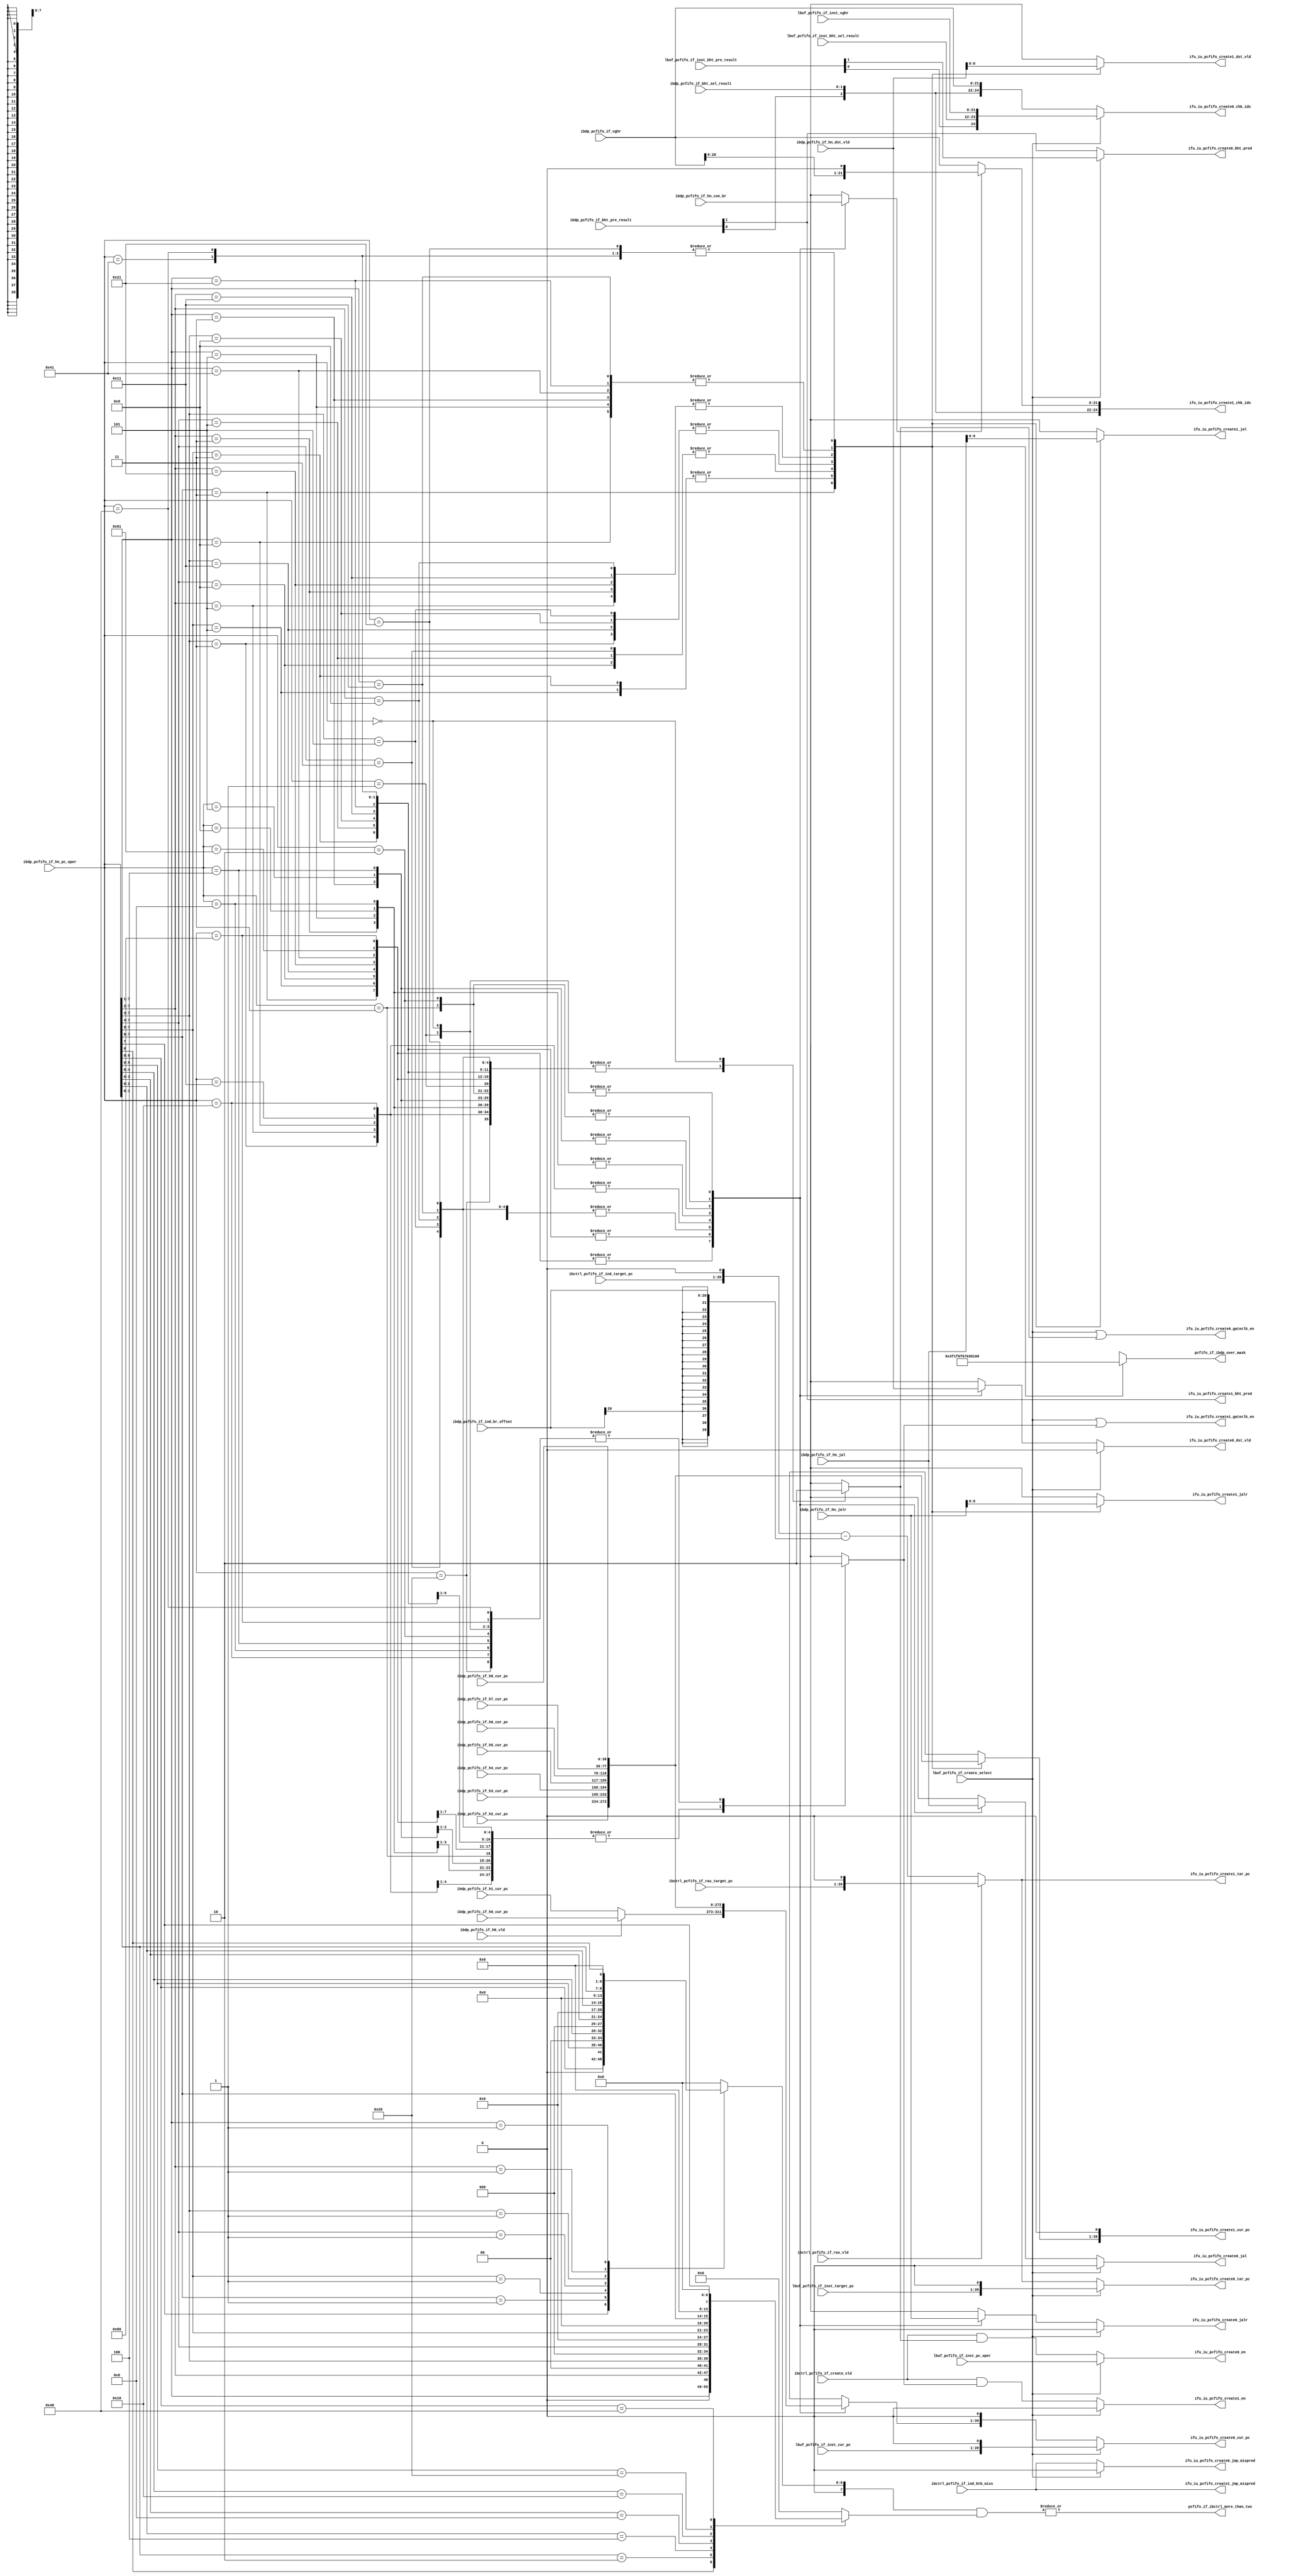
/*Copyright 2019-2021 T-Head Semiconductor Co., Ltd.

Licensed under the Apache License, Version 2.0 (the "License");
you may not use this file except in compliance with the License.
You may obtain a copy of the License at

    http://www.apache.org/licenses/LICENSE-2.0

Unless required by applicable law or agreed to in writing, software
distributed under the License is distributed on an "AS IS" BASIS,
WITHOUT WARRANTIES OR CONDITIONS OF ANY KIND, either express or implied.
See the License for the specific language governing permissions and
limitations under the License.
*/

// &ModuleBeg; @22
module ct_ifu_pcfifo_if(
  ibctrl_pcfifo_if_create_vld,
  ibctrl_pcfifo_if_ind_btb_miss,
  ibctrl_pcfifo_if_ind_target_pc,
  ibctrl_pcfifo_if_ras_target_pc,
  ibctrl_pcfifo_if_ras_vld,
  ibdp_pcfifo_if_bht_pre_result,
  ibdp_pcfifo_if_bht_sel_result,
  ibdp_pcfifo_if_h0_cur_pc,
  ibdp_pcfifo_if_h0_vld,
  ibdp_pcfifo_if_h1_cur_pc,
  ibdp_pcfifo_if_h2_cur_pc,
  ibdp_pcfifo_if_h3_cur_pc,
  ibdp_pcfifo_if_h4_cur_pc,
  ibdp_pcfifo_if_h5_cur_pc,
  ibdp_pcfifo_if_h6_cur_pc,
  ibdp_pcfifo_if_h7_cur_pc,
  ibdp_pcfifo_if_h8_cur_pc,
  ibdp_pcfifo_if_hn_con_br,
  ibdp_pcfifo_if_hn_dst_vld,
  ibdp_pcfifo_if_hn_jal,
  ibdp_pcfifo_if_hn_jalr,
  ibdp_pcfifo_if_hn_pc_oper,
  ibdp_pcfifo_if_ind_br_offset,
  ibdp_pcfifo_if_vghr,
  ifu_iu_pcfifo_create0_bht_pred,
  ifu_iu_pcfifo_create0_chk_idx,
  ifu_iu_pcfifo_create0_cur_pc,
  ifu_iu_pcfifo_create0_dst_vld,
  ifu_iu_pcfifo_create0_en,
  ifu_iu_pcfifo_create0_gateclk_en,
  ifu_iu_pcfifo_create0_jal,
  ifu_iu_pcfifo_create0_jalr,
  ifu_iu_pcfifo_create0_jmp_mispred,
  ifu_iu_pcfifo_create0_tar_pc,
  ifu_iu_pcfifo_create1_bht_pred,
  ifu_iu_pcfifo_create1_chk_idx,
  ifu_iu_pcfifo_create1_cur_pc,
  ifu_iu_pcfifo_create1_dst_vld,
  ifu_iu_pcfifo_create1_en,
  ifu_iu_pcfifo_create1_gateclk_en,
  ifu_iu_pcfifo_create1_jal,
  ifu_iu_pcfifo_create1_jalr,
  ifu_iu_pcfifo_create1_jmp_mispred,
  ifu_iu_pcfifo_create1_tar_pc,
  lbuf_pcfifo_if_create_select,
  lbuf_pcfifo_if_inst_bht_pre_result,
  lbuf_pcfifo_if_inst_bht_sel_result,
  lbuf_pcfifo_if_inst_cur_pc,
  lbuf_pcfifo_if_inst_pc_oper,
  lbuf_pcfifo_if_inst_target_pc,
  lbuf_pcfifo_if_inst_vghr,
  pcfifo_if_ibctrl_more_than_two,
  pcfifo_if_ibdp_over_mask
);

// &Ports; @23
input           ibctrl_pcfifo_if_create_vld;       
input           ibctrl_pcfifo_if_ind_btb_miss;     
input   [38:0]  ibctrl_pcfifo_if_ind_target_pc;    
input   [38:0]  ibctrl_pcfifo_if_ras_target_pc;    
input           ibctrl_pcfifo_if_ras_vld;          
input   [1 :0]  ibdp_pcfifo_if_bht_pre_result;     
input   [1 :0]  ibdp_pcfifo_if_bht_sel_result;     
input   [38:0]  ibdp_pcfifo_if_h0_cur_pc;          
input           ibdp_pcfifo_if_h0_vld;             
input   [38:0]  ibdp_pcfifo_if_h1_cur_pc;          
input   [38:0]  ibdp_pcfifo_if_h2_cur_pc;          
input   [38:0]  ibdp_pcfifo_if_h3_cur_pc;          
input   [38:0]  ibdp_pcfifo_if_h4_cur_pc;          
input   [38:0]  ibdp_pcfifo_if_h5_cur_pc;          
input   [38:0]  ibdp_pcfifo_if_h6_cur_pc;          
input   [38:0]  ibdp_pcfifo_if_h7_cur_pc;          
input   [38:0]  ibdp_pcfifo_if_h8_cur_pc;          
input   [7 :0]  ibdp_pcfifo_if_hn_con_br;          
input   [7 :0]  ibdp_pcfifo_if_hn_dst_vld;         
input   [7 :0]  ibdp_pcfifo_if_hn_jal;             
input   [7 :0]  ibdp_pcfifo_if_hn_jalr;            
input   [7 :0]  ibdp_pcfifo_if_hn_pc_oper;         
input   [20:0]  ibdp_pcfifo_if_ind_br_offset;      
input   [21:0]  ibdp_pcfifo_if_vghr;               
input           lbuf_pcfifo_if_create_select;      
input   [1 :0]  lbuf_pcfifo_if_inst_bht_pre_result; 
input   [1 :0]  lbuf_pcfifo_if_inst_bht_sel_result; 
input   [38:0]  lbuf_pcfifo_if_inst_cur_pc;        
input           lbuf_pcfifo_if_inst_pc_oper;       
input   [38:0]  lbuf_pcfifo_if_inst_target_pc;     
input   [21:0]  lbuf_pcfifo_if_inst_vghr;          
output          ifu_iu_pcfifo_create0_bht_pred;    
output  [24:0]  ifu_iu_pcfifo_create0_chk_idx;     
output  [39:0]  ifu_iu_pcfifo_create0_cur_pc;      
output          ifu_iu_pcfifo_create0_dst_vld;     
output          ifu_iu_pcfifo_create0_en;          
output          ifu_iu_pcfifo_create0_gateclk_en;  
output          ifu_iu_pcfifo_create0_jal;         
output          ifu_iu_pcfifo_create0_jalr;        
output          ifu_iu_pcfifo_create0_jmp_mispred; 
output  [39:0]  ifu_iu_pcfifo_create0_tar_pc;      
output          ifu_iu_pcfifo_create1_bht_pred;    
output  [24:0]  ifu_iu_pcfifo_create1_chk_idx;     
output  [39:0]  ifu_iu_pcfifo_create1_cur_pc;      
output          ifu_iu_pcfifo_create1_dst_vld;     
output          ifu_iu_pcfifo_create1_en;          
output          ifu_iu_pcfifo_create1_gateclk_en;  
output          ifu_iu_pcfifo_create1_jal;         
output          ifu_iu_pcfifo_create1_jalr;        
output          ifu_iu_pcfifo_create1_jmp_mispred; 
output  [39:0]  ifu_iu_pcfifo_create1_tar_pc;      
output          pcfifo_if_ibctrl_more_than_two;    
output  [7 :0]  pcfifo_if_ibdp_over_mask;          

// &Regs; @24
reg     [7 :0]  hn_pc_mask_head;                   
reg     [7 :0]  hn_pc_mask_tail;                   
reg             inst0_con_br;                      
reg     [38:0]  inst0_cur_pc;                      
reg             inst0_dst_vld;                     
reg             inst0_jal;                         
reg             inst0_jalr;                        
reg             inst0_vld;                         
reg     [38:0]  inst1_cur_pc;                      
reg             inst1_dst_vld;                     
reg             inst1_jal;                         
reg             inst1_jalr;                        
reg             inst1_vld;                         
reg     [7 :0]  over_mask;                         

// &Wires; @25
wire            h1_con_br;                         
wire    [38:0]  h1_cur_pc;                         
wire            h1_dst_vld;                        
wire            h1_jal;                            
wire            h1_jalr;                           
wire            h2_con_br;                         
wire    [38:0]  h2_cur_pc;                         
wire            h2_dst_vld;                        
wire            h2_jal;                            
wire            h2_jalr;                           
wire            h3_con_br;                         
wire    [38:0]  h3_cur_pc;                         
wire            h3_dst_vld;                        
wire            h3_jal;                            
wire            h3_jalr;                           
wire            h4_con_br;                         
wire    [38:0]  h4_cur_pc;                         
wire            h4_dst_vld;                        
wire            h4_jal;                            
wire            h4_jalr;                           
wire            h5_con_br;                         
wire    [38:0]  h5_cur_pc;                         
wire            h5_dst_vld;                        
wire            h5_jal;                            
wire            h5_jalr;                           
wire            h6_con_br;                         
wire    [38:0]  h6_cur_pc;                         
wire            h6_dst_vld;                        
wire            h6_jal;                            
wire            h6_jalr;                           
wire            h7_con_br;                         
wire    [38:0]  h7_cur_pc;                         
wire            h7_dst_vld;                        
wire            h7_jal;                            
wire            h7_jalr;                           
wire            h8_con_br;                         
wire    [38:0]  h8_cur_pc;                         
wire            h8_dst_vld;                        
wire            h8_jal;                            
wire            h8_jalr;                           
wire    [7 :0]  hn_pc_oper;                        
wire    [39:0]  hn_target_pc;                      
wire            ibctrl_pcfifo_if_create_vld;       
wire            ibctrl_pcfifo_if_ind_btb_miss;     
wire    [38:0]  ibctrl_pcfifo_if_ind_target_pc;    
wire    [38:0]  ibctrl_pcfifo_if_ras_target_pc;    
wire            ibctrl_pcfifo_if_ras_vld;          
wire    [1 :0]  ibdp_pcfifo_if_bht_pre_result;     
wire    [1 :0]  ibdp_pcfifo_if_bht_sel_result;     
wire    [38:0]  ibdp_pcfifo_if_h0_cur_pc;          
wire            ibdp_pcfifo_if_h0_vld;             
wire    [38:0]  ibdp_pcfifo_if_h1_cur_pc;          
wire    [38:0]  ibdp_pcfifo_if_h2_cur_pc;          
wire    [38:0]  ibdp_pcfifo_if_h3_cur_pc;          
wire    [38:0]  ibdp_pcfifo_if_h4_cur_pc;          
wire    [38:0]  ibdp_pcfifo_if_h5_cur_pc;          
wire    [38:0]  ibdp_pcfifo_if_h6_cur_pc;          
wire    [38:0]  ibdp_pcfifo_if_h7_cur_pc;          
wire    [38:0]  ibdp_pcfifo_if_h8_cur_pc;          
wire    [7 :0]  ibdp_pcfifo_if_hn_con_br;          
wire    [7 :0]  ibdp_pcfifo_if_hn_dst_vld;         
wire    [7 :0]  ibdp_pcfifo_if_hn_jal;             
wire    [7 :0]  ibdp_pcfifo_if_hn_jalr;            
wire    [7 :0]  ibdp_pcfifo_if_hn_pc_oper;         
wire    [20:0]  ibdp_pcfifo_if_ind_br_offset;      
wire    [21:0]  ibdp_pcfifo_if_vghr;               
wire            ibstage_create_vld;                
wire            ifu_iu_pcfifo_create0_bht_pred;    
wire    [24:0]  ifu_iu_pcfifo_create0_chk_idx;     
wire    [39:0]  ifu_iu_pcfifo_create0_cur_pc;      
wire            ifu_iu_pcfifo_create0_dst_vld;     
wire            ifu_iu_pcfifo_create0_en;          
wire            ifu_iu_pcfifo_create0_gateclk_en;  
wire            ifu_iu_pcfifo_create0_jal;         
wire            ifu_iu_pcfifo_create0_jalr;        
wire            ifu_iu_pcfifo_create0_jmp_mispred; 
wire    [39:0]  ifu_iu_pcfifo_create0_tar_pc;      
wire            ifu_iu_pcfifo_create1_bht_pred;    
wire    [24:0]  ifu_iu_pcfifo_create1_chk_idx;     
wire    [39:0]  ifu_iu_pcfifo_create1_cur_pc;      
wire            ifu_iu_pcfifo_create1_dst_vld;     
wire            ifu_iu_pcfifo_create1_en;          
wire            ifu_iu_pcfifo_create1_gateclk_en;  
wire            ifu_iu_pcfifo_create1_jal;         
wire            ifu_iu_pcfifo_create1_jalr;        
wire            ifu_iu_pcfifo_create1_jmp_mispred; 
wire    [39:0]  ifu_iu_pcfifo_create1_tar_pc;      
wire    [39:0]  inst0_target_pc;                   
wire    [21:0]  inst0_vghr;                        
wire    [39:0]  inst1_target_pc;                   
wire    [21:0]  inst1_vghr;                        
wire    [1 :0]  inst_bht_pre_result;               
wire    [1 :0]  inst_bht_sel_result;               
wire            inst_ind_btb_miss;                 
wire            lbuf_create_select;                
wire            lbuf_pcfifo_if_create_select;      
wire    [1 :0]  lbuf_pcfifo_if_inst_bht_pre_result; 
wire    [1 :0]  lbuf_pcfifo_if_inst_bht_sel_result; 
wire    [38:0]  lbuf_pcfifo_if_inst_cur_pc;        
wire            lbuf_pcfifo_if_inst_pc_oper;       
wire    [38:0]  lbuf_pcfifo_if_inst_target_pc;     
wire    [21:0]  lbuf_pcfifo_if_inst_vghr;          
wire            pcfifo_if_ibctrl_more_than_two;    
wire    [7 :0]  pcfifo_if_ibdp_over_mask;          
wire    [39:0]  pcfifo_ind_target_pc;              


parameter PC_WIDTH = 40;
//ifu pcfifo interface content
//1.Cur_PC[38:0]
//  auipc/con_br/jal cur_pc
//2.Target_PC[38:0]
//  jalr inst target_pc
//3.VGHR[13:0]
//  pc_oper inst ip stage vghr
//4.BHT_pred_array_result[1:0]
//  bht pred array result
//5.BHT_sel_array_result[1:0]
//  bht sel array result
//6. inst_jal
//7. isnt_jalr

//==========================================================
//                  Hn_cur_pc generate
//==========================================================
//IF H0 vld, h1_cur_pc = ipdp_pcfifo_if_h0_cur_pc
//ELSE       h1_cur_pc = ipdp_pcfifo_if_h1_cur_pc
//need not to merge again
assign h1_cur_pc[PC_WIDTH-2:0] = (ibdp_pcfifo_if_h0_vld)
                               ? ibdp_pcfifo_if_h0_cur_pc[PC_WIDTH-2:0]
                               : ibdp_pcfifo_if_h1_cur_pc[PC_WIDTH-2:0];
assign h2_cur_pc[PC_WIDTH-2:0] = ibdp_pcfifo_if_h2_cur_pc[PC_WIDTH-2:0];                      
assign h3_cur_pc[PC_WIDTH-2:0] = ibdp_pcfifo_if_h3_cur_pc[PC_WIDTH-2:0];                      
assign h4_cur_pc[PC_WIDTH-2:0] = ibdp_pcfifo_if_h4_cur_pc[PC_WIDTH-2:0];                      
assign h5_cur_pc[PC_WIDTH-2:0] = ibdp_pcfifo_if_h5_cur_pc[PC_WIDTH-2:0];                      
assign h6_cur_pc[PC_WIDTH-2:0] = ibdp_pcfifo_if_h6_cur_pc[PC_WIDTH-2:0];                      
assign h7_cur_pc[PC_WIDTH-2:0] = ibdp_pcfifo_if_h7_cur_pc[PC_WIDTH-2:0];                      
assign h8_cur_pc[PC_WIDTH-2:0] = ibdp_pcfifo_if_h8_cur_pc[PC_WIDTH-2:0];

//==========================================================
//               Hn_target_pc generate
//==========================================================
//Only ind-br/preturn need target PC
//IF preturn_vld, target_pc = ras_pc
//ELSE            target_pc = ind_btb_pc-ind_br_offset
//for timing consideration of BJU,we user target_pc-offset as target_pc
//In EX1 of BJU ,it will compare target_pc with src1,instead using
//src1+offset
assign pcfifo_ind_target_pc[PC_WIDTH-1:0] = {ibctrl_pcfifo_if_ind_target_pc[PC_WIDTH-2:0],1'b0} -
                                            {{19{ibdp_pcfifo_if_ind_br_offset[20]}},ibdp_pcfifo_if_ind_br_offset[20:0]};

assign hn_target_pc[PC_WIDTH-1:0] = (ibctrl_pcfifo_if_ras_vld)
                                  ? {ibctrl_pcfifo_if_ras_target_pc[PC_WIDTH-2:0],1'b0} 
                                  : pcfifo_ind_target_pc[PC_WIDTH-1:0];
                          

//==========================================================
//                    Other Hn Signal
//==========================================================
//hn_jal
assign h1_jal = ibdp_pcfifo_if_hn_jal[7];                        
assign h2_jal = ibdp_pcfifo_if_hn_jal[6];                        
assign h3_jal = ibdp_pcfifo_if_hn_jal[5];                        
assign h4_jal = ibdp_pcfifo_if_hn_jal[4];                        
assign h5_jal = ibdp_pcfifo_if_hn_jal[3];                        
assign h6_jal = ibdp_pcfifo_if_hn_jal[2];                        
assign h7_jal = ibdp_pcfifo_if_hn_jal[1];                        
assign h8_jal = ibdp_pcfifo_if_hn_jal[0]; 

//hn_jalr
assign h1_jalr = ibdp_pcfifo_if_hn_jalr[7];                        
assign h2_jalr = ibdp_pcfifo_if_hn_jalr[6];                        
assign h3_jalr = ibdp_pcfifo_if_hn_jalr[5];                        
assign h4_jalr = ibdp_pcfifo_if_hn_jalr[4];                        
assign h5_jalr = ibdp_pcfifo_if_hn_jalr[3];                        
assign h6_jalr = ibdp_pcfifo_if_hn_jalr[2];                        
assign h7_jalr = ibdp_pcfifo_if_hn_jalr[1];                        
assign h8_jalr = ibdp_pcfifo_if_hn_jalr[0]; 

//hn_con_br
assign h1_con_br = ibdp_pcfifo_if_hn_con_br[7];                        
assign h2_con_br = ibdp_pcfifo_if_hn_con_br[6];                        
assign h3_con_br = ibdp_pcfifo_if_hn_con_br[5];                        
assign h4_con_br = ibdp_pcfifo_if_hn_con_br[4];                        
assign h5_con_br = ibdp_pcfifo_if_hn_con_br[3];                        
assign h6_con_br = ibdp_pcfifo_if_hn_con_br[2];                        
assign h7_con_br = ibdp_pcfifo_if_hn_con_br[1];                        
assign h8_con_br = ibdp_pcfifo_if_hn_con_br[0];

//hn_dst_vld
assign h1_dst_vld = ibdp_pcfifo_if_hn_dst_vld[7];
assign h2_dst_vld = ibdp_pcfifo_if_hn_dst_vld[6];
assign h3_dst_vld = ibdp_pcfifo_if_hn_dst_vld[5];
assign h4_dst_vld = ibdp_pcfifo_if_hn_dst_vld[4];
assign h5_dst_vld = ibdp_pcfifo_if_hn_dst_vld[3];
assign h6_dst_vld = ibdp_pcfifo_if_hn_dst_vld[2];
assign h7_dst_vld = ibdp_pcfifo_if_hn_dst_vld[1];
assign h8_dst_vld = ibdp_pcfifo_if_hn_dst_vld[0];

//hn_po_oper
assign hn_pc_oper[7:0] = ibdp_pcfifo_if_hn_pc_oper[7:0];

//==========================================================
//         Two inst selected from Eight Half
//==========================================================
// &CombBeg; @125
always @( h8_con_br
       or h7_jal
       or h8_jalr
       or h1_jalr
       or h7_dst_vld
       or h7_jalr
       or h4_dst_vld
       or h1_con_br
       or h6_jalr
       or h5_con_br
       or h3_cur_pc[38:0]
       or h1_jal
       or h4_con_br
       or h6_con_br
       or h5_dst_vld
       or h4_jalr
       or h6_jal
       or h4_jal
       or h3_jalr
       or h2_dst_vld
       or h1_cur_pc[38:0]
       or h7_con_br
       or h3_dst_vld
       or h6_dst_vld
       or h2_con_br
       or h8_dst_vld
       or h4_cur_pc[38:0]
       or h3_jal
       or h2_cur_pc[38:0]
       or h2_jalr
       or h3_con_br
       or h6_cur_pc[38:0]
       or h1_dst_vld
       or h2_jal
       or h5_jal
       or hn_pc_oper[7:0]
       or h5_cur_pc[38:0]
       or h8_jal
       or h7_cur_pc[38:0]
       or h8_cur_pc[38:0]
       or h5_jalr)
begin
casez(hn_pc_oper[7:0])
  8'b11?????? : begin
                inst0_cur_pc[PC_WIDTH-2:0] = h1_cur_pc[PC_WIDTH-2:0];
                inst0_jal                  = h1_jal;
                inst0_jalr                 = h1_jalr;
                inst0_dst_vld              = h1_dst_vld;
                inst0_con_br               = h1_con_br;
                inst1_cur_pc[PC_WIDTH-2:0] = h2_cur_pc[PC_WIDTH-2:0];
                inst1_jal                  = h2_jal;
                inst1_jalr                 = h2_jalr;
                inst1_dst_vld              = h2_dst_vld;
                inst0_vld                  = 1'b1;
                inst1_vld                  = 1'b1;
                over_mask[7:0]             = 8'b00111111;
                end
  8'b101????? : begin
                inst0_cur_pc[PC_WIDTH-2:0] = h1_cur_pc[PC_WIDTH-2:0];
                inst0_jal                  = h1_jal;
                inst0_jalr                 = h1_jalr;
                inst0_dst_vld              = h1_dst_vld;
                inst0_con_br               = h1_con_br;
                inst1_cur_pc[PC_WIDTH-2:0] = h3_cur_pc[PC_WIDTH-2:0];
                inst1_jal                  = h3_jal;
                inst1_jalr                 = h3_jalr;
                inst1_dst_vld              = h3_dst_vld;
                inst0_vld                  = 1'b1;
                inst1_vld                  = 1'b1;
                over_mask[7:0]             = 8'b00011111;
                end
  8'b1001???? : begin
                inst0_cur_pc[PC_WIDTH-2:0] = h1_cur_pc[PC_WIDTH-2:0];
                inst0_jal                  = h1_jal;
                inst0_jalr                 = h1_jalr;
                inst0_dst_vld              = h1_dst_vld;
                inst0_con_br               = h1_con_br;
                inst1_cur_pc[PC_WIDTH-2:0] = h4_cur_pc[PC_WIDTH-2:0];
                inst1_jal                  = h4_jal;
                inst1_jalr                 = h4_jalr;
                inst1_dst_vld              = h4_dst_vld;
                inst0_vld                  = 1'b1;
                inst1_vld                  = 1'b1;
                over_mask[7:0]             = 8'b00001111;
                end
  8'b10001??? : begin
                inst0_cur_pc[PC_WIDTH-2:0] = h1_cur_pc[PC_WIDTH-2:0];
                inst0_jal                  = h1_jal;
                inst0_jalr                 = h1_jalr;
                inst0_dst_vld              = h1_dst_vld;
                inst0_con_br               = h1_con_br;
                inst1_cur_pc[PC_WIDTH-2:0] = h5_cur_pc[PC_WIDTH-2:0];
                inst1_jal                  = h5_jal;
                inst1_jalr                 = h5_jalr;
                inst1_dst_vld              = h5_dst_vld;
                inst0_vld                  = 1'b1;
                inst1_vld                  = 1'b1;
                over_mask[7:0]             = 8'b00000111;
                end
  8'b100001?? : begin
                inst0_cur_pc[PC_WIDTH-2:0] = h1_cur_pc[PC_WIDTH-2:0];
                inst0_jal                  = h1_jal;
                inst0_jalr                 = h1_jalr;
                inst0_dst_vld              = h1_dst_vld;
                inst0_con_br               = h1_con_br;
                inst1_cur_pc[PC_WIDTH-2:0] = h6_cur_pc[PC_WIDTH-2:0];
                inst1_jal                  = h6_jal;
                inst1_jalr                 = h6_jalr;
                inst1_dst_vld              = h6_dst_vld;
                inst0_vld                  = 1'b1;
                inst1_vld                  = 1'b1;
                over_mask[7:0]             = 8'b00000011;
                end
  8'b1000001? : begin
                inst0_cur_pc[PC_WIDTH-2:0] = h1_cur_pc[PC_WIDTH-2:0];
                inst0_jal                  = h1_jal;
                inst0_jalr                 = h1_jalr;
                inst0_dst_vld              = h1_dst_vld;
                inst0_con_br               = h1_con_br;
                inst1_cur_pc[PC_WIDTH-2:0] = h7_cur_pc[PC_WIDTH-2:0];
                inst1_jal                  = h7_jal;
                inst1_jalr                 = h7_jalr;
                inst1_dst_vld              = h7_dst_vld;
                inst0_vld                  = 1'b1;
                inst1_vld                  = 1'b1;
                over_mask[7:0]             = 8'b00000001;
                end
  8'b10000001 : begin
                inst0_cur_pc[PC_WIDTH-2:0] = h1_cur_pc[PC_WIDTH-2:0];
                inst0_jal                  = h1_jal;
                inst0_jalr                 = h1_jalr;
                inst0_dst_vld              = h1_dst_vld;
                inst0_con_br               = h1_con_br;
                inst1_cur_pc[PC_WIDTH-2:0] = h8_cur_pc[PC_WIDTH-2:0];
                inst1_jal                  = h8_jal;
                inst1_jalr                 = h8_jalr;
                inst1_dst_vld              = h8_dst_vld;
                inst0_vld                  = 1'b1;
                inst1_vld                  = 1'b1;
                over_mask[7:0]             = 8'b00000000;
                end
  8'b10000000 : begin
                inst0_cur_pc[PC_WIDTH-2:0] = h1_cur_pc[PC_WIDTH-2:0];
                inst0_jal                  = h1_jal;
                inst0_jalr                 = h1_jalr;
                inst0_dst_vld              = h1_dst_vld;
                inst0_con_br               = h1_con_br;
                inst1_cur_pc[PC_WIDTH-2:0] = h8_cur_pc[PC_WIDTH-2:0];
                inst1_jal                  = h8_jal;
                inst1_jalr                 = h8_jalr;
                inst1_dst_vld              = h8_dst_vld;
                inst0_vld                  = 1'b1;
                inst1_vld                  = 1'b0;
                over_mask[7:0]             = 8'b00000000;
                end
                
  8'b011????? : begin
                inst0_cur_pc[PC_WIDTH-2:0] = h2_cur_pc[PC_WIDTH-2:0];
                inst0_jal                  = h2_jal;
                inst0_jalr                 = h2_jalr;
                inst0_dst_vld              = h2_dst_vld;
                inst0_con_br               = h2_con_br;
                inst1_cur_pc[PC_WIDTH-2:0] = h3_cur_pc[PC_WIDTH-2:0];
                inst1_jal                  = h3_jal;
                inst1_jalr                 = h3_jalr;
                inst1_dst_vld              = h3_dst_vld;
                inst0_vld                  = 1'b1;
                inst1_vld                  = 1'b1;
                over_mask[7:0]             = 8'b00011111;
                end
  8'b0101???? : begin
                inst0_cur_pc[PC_WIDTH-2:0] = h2_cur_pc[PC_WIDTH-2:0];
                inst0_jal                  = h2_jal;
                inst0_jalr                 = h2_jalr;
                inst0_dst_vld              = h2_dst_vld;
                inst0_con_br               = h2_con_br;
                inst1_cur_pc[PC_WIDTH-2:0] = h4_cur_pc[PC_WIDTH-2:0];
                inst1_jal                  = h4_jal;
                inst1_jalr                 = h4_jalr;
                inst1_dst_vld              = h4_dst_vld;
                inst0_vld                  = 1'b1;
                inst1_vld                  = 1'b1;
                over_mask[7:0]             = 8'b00001111;
                end
  8'b01001??? : begin
                inst0_cur_pc[PC_WIDTH-2:0] = h2_cur_pc[PC_WIDTH-2:0];
                inst0_jal                  = h2_jal;
                inst0_jalr                 = h2_jalr;
                inst0_dst_vld              = h2_dst_vld;
                inst0_con_br               = h2_con_br;
                inst1_cur_pc[PC_WIDTH-2:0] = h5_cur_pc[PC_WIDTH-2:0];
                inst1_jal                  = h5_jal;
                inst1_jalr                 = h5_jalr;
                inst1_dst_vld              = h5_dst_vld;
                inst0_vld                  = 1'b1;
                inst1_vld                  = 1'b1;
                over_mask[7:0]             = 8'b00000111;
                end
  8'b010001?? : begin
                inst0_cur_pc[PC_WIDTH-2:0] = h2_cur_pc[PC_WIDTH-2:0];
                inst0_jal                  = h2_jal;
                inst0_jalr                 = h2_jalr;
                inst0_dst_vld              = h2_dst_vld;
                inst0_con_br               = h2_con_br;
                inst1_cur_pc[PC_WIDTH-2:0] = h6_cur_pc[PC_WIDTH-2:0];
                inst1_jal                  = h6_jal;
                inst1_jalr                 = h6_jalr;
                inst1_dst_vld              = h6_dst_vld;
                inst0_vld                  = 1'b1;
                inst1_vld                  = 1'b1;
                over_mask[7:0]             = 8'b00000011;
                end
  8'b0100001? : begin
                inst0_cur_pc[PC_WIDTH-2:0] = h2_cur_pc[PC_WIDTH-2:0];
                inst0_jal                  = h2_jal;
                inst0_jalr                 = h2_jalr;
                inst0_dst_vld              = h2_dst_vld;
                inst0_con_br               = h2_con_br;
                inst1_cur_pc[PC_WIDTH-2:0] = h7_cur_pc[PC_WIDTH-2:0];
                inst1_jal                  = h7_jal;
                inst1_jalr                 = h7_jalr;
                inst1_dst_vld              = h7_dst_vld;
                inst0_vld                  = 1'b1;
                inst1_vld                  = 1'b1;
                over_mask[7:0]             = 8'b00000001;
                end
  8'b01000001 : begin
                inst0_cur_pc[PC_WIDTH-2:0] = h2_cur_pc[PC_WIDTH-2:0];
                inst0_jal                  = h2_jal;
                inst0_jalr                 = h2_jalr;
                inst0_dst_vld              = h2_dst_vld;
                inst0_con_br               = h2_con_br;
                inst1_cur_pc[PC_WIDTH-2:0] = h8_cur_pc[PC_WIDTH-2:0];
                inst1_jal                  = h8_jal;
                inst1_jalr                 = h8_jalr;
                inst1_dst_vld              = h8_dst_vld;
                inst0_vld                  = 1'b1;
                inst1_vld                  = 1'b1;
                over_mask[7:0]             = 8'b00000000;
                end
  8'b01000000 : begin
                inst0_cur_pc[PC_WIDTH-2:0] = h2_cur_pc[PC_WIDTH-2:0];
                inst0_jal                  = h2_jal;
                inst0_jalr                 = h2_jalr;
                inst0_dst_vld              = h2_dst_vld;
                inst0_con_br               = h2_con_br;
                inst1_cur_pc[PC_WIDTH-2:0] = h8_cur_pc[PC_WIDTH-2:0];
                inst1_jal                  = h8_jal;
                inst1_jalr                 = h8_jalr;
                inst1_dst_vld              = h8_dst_vld;
                inst0_vld                  = 1'b1;
                inst1_vld                  = 1'b0;
                over_mask[7:0]             = 8'b00000000;
                end
                
  8'b0011???? : begin
                inst0_cur_pc[PC_WIDTH-2:0] = h3_cur_pc[PC_WIDTH-2:0];
                inst0_jal                  = h3_jal;
                inst0_jalr                 = h3_jalr;
                inst0_dst_vld              = h3_dst_vld;
                inst0_con_br               = h3_con_br;
                inst1_cur_pc[PC_WIDTH-2:0] = h4_cur_pc[PC_WIDTH-2:0];
                inst1_jal                  = h4_jal;
                inst1_jalr                 = h4_jalr;
                inst1_dst_vld              = h4_dst_vld;
                inst0_vld                  = 1'b1;
                inst1_vld                  = 1'b1;
                over_mask[7:0]             = 8'b00001111;
                end
  8'b00101??? : begin
                inst0_cur_pc[PC_WIDTH-2:0] = h3_cur_pc[PC_WIDTH-2:0];
                inst0_jal                  = h3_jal;
                inst0_jalr                 = h3_jalr;
                inst0_dst_vld              = h3_dst_vld;
                inst0_con_br               = h3_con_br;
                inst1_cur_pc[PC_WIDTH-2:0] = h5_cur_pc[PC_WIDTH-2:0];
                inst1_jal                  = h5_jal;
                inst1_jalr                 = h5_jalr;
                inst1_dst_vld              = h5_dst_vld;
                inst0_vld                  = 1'b1;
                inst1_vld                  = 1'b1;
                over_mask[7:0]             = 8'b00000111;
                end
  8'b001001?? : begin
                inst0_cur_pc[PC_WIDTH-2:0] = h3_cur_pc[PC_WIDTH-2:0];
                inst0_jal                  = h3_jal;
                inst0_jalr                 = h3_jalr;
                inst0_dst_vld              = h3_dst_vld;
                inst0_con_br               = h3_con_br;
                inst1_cur_pc[PC_WIDTH-2:0] = h6_cur_pc[PC_WIDTH-2:0];
                inst1_jal                  = h6_jal;
                inst1_jalr                 = h6_jalr;
                inst1_dst_vld              = h6_dst_vld;
                inst0_vld                  = 1'b1;
                inst1_vld                  = 1'b1;
                over_mask[7:0]             = 8'b00000011;
                end
  8'b0010001? : begin
                inst0_cur_pc[PC_WIDTH-2:0] = h3_cur_pc[PC_WIDTH-2:0];
                inst0_jal                  = h3_jal;
                inst0_jalr                 = h3_jalr;
                inst0_dst_vld              = h3_dst_vld;
                inst0_con_br               = h3_con_br;
                inst1_cur_pc[PC_WIDTH-2:0] = h7_cur_pc[PC_WIDTH-2:0];
                inst1_jal                  = h7_jal;
                inst1_jalr                 = h7_jalr;
                inst1_dst_vld              = h7_dst_vld;
                inst0_vld                  = 1'b1;
                inst1_vld                  = 1'b1;
                over_mask[7:0]             = 8'b00000001;
                end
  8'b00100001 : begin
                inst0_cur_pc[PC_WIDTH-2:0] = h3_cur_pc[PC_WIDTH-2:0];
                inst0_jal                  = h3_jal;
                inst0_jalr                 = h3_jalr;
                inst0_dst_vld              = h3_dst_vld;
                inst0_con_br               = h3_con_br;
                inst1_cur_pc[PC_WIDTH-2:0] = h8_cur_pc[PC_WIDTH-2:0];
                inst1_jal                  = h8_jal;
                inst1_jalr                 = h8_jalr;
                inst1_dst_vld              = h8_dst_vld;
                inst0_vld                  = 1'b1;
                inst1_vld                  = 1'b1;
                over_mask[7:0]             = 8'b00000000;
                end
  8'b00100000 : begin
                inst0_cur_pc[PC_WIDTH-2:0] = h3_cur_pc[PC_WIDTH-2:0];
                inst0_jal                  = h3_jal;
                inst0_jalr                 = h3_jalr;
                inst0_dst_vld              = h3_dst_vld;
                inst0_con_br               = h3_con_br;
                inst1_cur_pc[PC_WIDTH-2:0] = h8_cur_pc[PC_WIDTH-2:0];
                inst1_jal                  = h8_jal;
                inst1_jalr                 = h8_jalr;
                inst1_dst_vld              = h8_dst_vld;
                inst0_vld                  = 1'b1;
                inst1_vld                  = 1'b0;
                over_mask[7:0]             = 8'b00000000;
                end

  8'b00011??? : begin
                inst0_cur_pc[PC_WIDTH-2:0] = h4_cur_pc[PC_WIDTH-2:0];
                inst0_jal                  = h4_jal;
                inst0_jalr                 = h4_jalr;
                inst0_dst_vld              = h4_dst_vld;
                inst0_con_br               = h4_con_br;
                inst1_cur_pc[PC_WIDTH-2:0] = h5_cur_pc[PC_WIDTH-2:0];
                inst1_jal                  = h5_jal;
                inst1_jalr                 = h5_jalr;
                inst1_dst_vld              = h5_dst_vld;
                inst0_vld                  = 1'b1;
                inst1_vld                  = 1'b1;
                over_mask[7:0]             = 8'b00000111;
                end
  8'b000101?? : begin
                inst0_cur_pc[PC_WIDTH-2:0] = h4_cur_pc[PC_WIDTH-2:0];
                inst0_jal                  = h4_jal;
                inst0_jalr                 = h4_jalr;
                inst0_dst_vld              = h4_dst_vld;
                inst0_con_br               = h4_con_br;
                inst1_cur_pc[PC_WIDTH-2:0] = h6_cur_pc[PC_WIDTH-2:0];
                inst1_jal                  = h6_jal;
                inst1_jalr                 = h6_jalr;
                inst1_dst_vld              = h6_dst_vld;
                inst0_vld                  = 1'b1;
                inst1_vld                  = 1'b1;
                over_mask[7:0]             = 8'b00000011;
                end
  8'b0001001? : begin
                inst0_cur_pc[PC_WIDTH-2:0] = h4_cur_pc[PC_WIDTH-2:0];
                inst0_jal                  = h4_jal;
                inst0_jalr                 = h4_jalr;
                inst0_dst_vld              = h4_dst_vld;
                inst0_con_br               = h4_con_br;
                inst1_cur_pc[PC_WIDTH-2:0] = h7_cur_pc[PC_WIDTH-2:0];
                inst1_jal                  = h7_jal;
                inst1_jalr                 = h7_jalr;
                inst1_dst_vld              = h7_dst_vld;
                inst0_vld                  = 1'b1;
                inst1_vld                  = 1'b1;
                over_mask[7:0]             = 8'b00000001;
                end
  8'b00010001 : begin
                inst0_cur_pc[PC_WIDTH-2:0] = h4_cur_pc[PC_WIDTH-2:0];
                inst0_jal                  = h4_jal;
                inst0_jalr                 = h4_jalr;
                inst0_dst_vld              = h4_dst_vld;
                inst0_con_br               = h4_con_br;
                inst1_cur_pc[PC_WIDTH-2:0] = h8_cur_pc[PC_WIDTH-2:0];
                inst1_jal                  = h8_jal;
                inst1_jalr                 = h8_jalr;
                inst1_dst_vld              = h8_dst_vld;
                inst0_vld                  = 1'b1;
                inst1_vld                  = 1'b1;
                over_mask[7:0]             = 8'b00000000;
                end
  8'b00010000 : begin
                inst0_cur_pc[PC_WIDTH-2:0] = h4_cur_pc[PC_WIDTH-2:0];
                inst0_jal                  = h4_jal;
                inst0_jalr                 = h4_jalr;
                inst0_dst_vld              = h4_dst_vld;
                inst0_con_br               = h4_con_br;
                inst1_cur_pc[PC_WIDTH-2:0] = h8_cur_pc[PC_WIDTH-2:0];
                inst1_jal                  = h8_jal;
                inst1_jalr                 = h8_jalr;
                inst1_dst_vld              = h8_dst_vld;
                inst0_vld                  = 1'b1;
                inst1_vld                  = 1'b0;
                over_mask[7:0]             = 8'b00000000;
                end

  8'b000011?? : begin
                inst0_cur_pc[PC_WIDTH-2:0] = h5_cur_pc[PC_WIDTH-2:0];
                inst0_jal                  = h5_jal;
                inst0_jalr                 = h5_jalr;
                inst0_dst_vld              = h5_dst_vld;
                inst0_con_br               = h5_con_br;
                inst1_cur_pc[PC_WIDTH-2:0] = h6_cur_pc[PC_WIDTH-2:0];
                inst1_jal                  = h6_jal;
                inst1_jalr                 = h6_jalr;
                inst1_dst_vld              = h6_dst_vld;
                inst0_vld                  = 1'b1;
                inst1_vld                  = 1'b1;
                over_mask[7:0]             = 8'b00000011;
                end
  8'b0000101? : begin
                inst0_cur_pc[PC_WIDTH-2:0] = h5_cur_pc[PC_WIDTH-2:0];
                inst0_jal                  = h5_jal;
                inst0_jalr                 = h5_jalr;
                inst0_dst_vld              = h5_dst_vld;
                inst0_con_br               = h5_con_br;
                inst1_cur_pc[PC_WIDTH-2:0] = h7_cur_pc[PC_WIDTH-2:0];
                inst1_jal                  = h7_jal;
                inst1_jalr                 = h7_jalr;
                inst1_dst_vld              = h7_dst_vld;
                inst0_vld                  = 1'b1;
                inst1_vld                  = 1'b1;
                over_mask[7:0]             = 8'b00000001;
                end
  8'b00001001 : begin
                inst0_cur_pc[PC_WIDTH-2:0] = h5_cur_pc[PC_WIDTH-2:0];
                inst0_jal                  = h5_jal;
                inst0_jalr                 = h5_jalr;
                inst0_dst_vld              = h5_dst_vld;
                inst0_con_br               = h5_con_br;
                inst1_cur_pc[PC_WIDTH-2:0] = h8_cur_pc[PC_WIDTH-2:0];
                inst1_jal                  = h8_jal;
                inst1_jalr                 = h8_jalr;
                inst1_dst_vld              = h8_dst_vld;
                inst0_vld                  = 1'b1;
                inst1_vld                  = 1'b1;
                over_mask[7:0]             = 8'b00000000;
                end
  8'b00001000 : begin
                inst0_cur_pc[PC_WIDTH-2:0] = h5_cur_pc[PC_WIDTH-2:0];
                inst0_jal                  = h5_jal;
                inst0_jalr                 = h5_jalr;
                inst0_dst_vld              = h5_dst_vld;
                inst0_con_br               = h5_con_br;
                inst1_cur_pc[PC_WIDTH-2:0] = h8_cur_pc[PC_WIDTH-2:0];
                inst1_jal                  = h8_jal;
                inst1_jalr                 = h8_jalr;
                inst1_dst_vld              = h8_dst_vld;
                inst0_vld                  = 1'b1;
                inst1_vld                  = 1'b0;
                over_mask[7:0]             = 8'b00000000;
                end

  8'b0000011? : begin
                inst0_cur_pc[PC_WIDTH-2:0] = h6_cur_pc[PC_WIDTH-2:0];
                inst0_jal                  = h6_jal;
                inst0_jalr                 = h6_jalr;
                inst0_dst_vld              = h6_dst_vld;
                inst0_con_br               = h6_con_br;
                inst1_cur_pc[PC_WIDTH-2:0] = h7_cur_pc[PC_WIDTH-2:0];
                inst1_jal                  = h7_jal;
                inst1_jalr                 = h7_jalr;
                inst1_dst_vld              = h7_dst_vld;
                inst0_vld                  = 1'b1;
                inst1_vld                  = 1'b1;
                over_mask[7:0]             = 8'b00000001;
                end
  8'b00000101 : begin
                inst0_cur_pc[PC_WIDTH-2:0] = h6_cur_pc[PC_WIDTH-2:0];
                inst0_jal                  = h6_jal;
                inst0_jalr                 = h6_jalr;
                inst0_dst_vld              = h6_dst_vld;
                inst0_con_br               = h6_con_br;
                inst1_cur_pc[PC_WIDTH-2:0] = h8_cur_pc[PC_WIDTH-2:0];
                inst1_jal                  = h8_jal;
                inst1_jalr                 = h8_jalr;
                inst1_dst_vld              = h8_dst_vld;
                inst0_vld                  = 1'b1;
                inst1_vld                  = 1'b1;
                over_mask[7:0]             = 8'b00000000;
                end
  8'b00000100 : begin
                inst0_cur_pc[PC_WIDTH-2:0] = h6_cur_pc[PC_WIDTH-2:0];
                inst0_jal                  = h6_jal;
                inst0_jalr                 = h6_jalr;
                inst0_dst_vld              = h6_dst_vld;
                inst0_con_br               = h6_con_br;
                inst1_cur_pc[PC_WIDTH-2:0] = h8_cur_pc[PC_WIDTH-2:0];
                inst1_jal                  = h8_jal;
                inst1_jalr                 = h8_jalr;
                inst1_dst_vld              = h8_dst_vld;
                inst0_vld                  = 1'b1;
                inst1_vld                  = 1'b0;
                over_mask[7:0]             = 8'b00000000;
                end

  8'b00000011 : begin
                inst0_cur_pc[PC_WIDTH-2:0] = h7_cur_pc[PC_WIDTH-2:0];
                inst0_jal                  = h7_jal;
                inst0_jalr                 = h7_jalr;
                inst0_dst_vld              = h7_dst_vld;
                inst0_con_br               = h7_con_br;
                inst1_cur_pc[PC_WIDTH-2:0] = h8_cur_pc[PC_WIDTH-2:0];
                inst1_jal                  = h8_jal;
                inst1_jalr                 = h8_jalr;
                inst1_dst_vld              = h8_dst_vld;
                inst0_vld                  = 1'b1;
                inst1_vld                  = 1'b1;
                over_mask[7:0]             = 8'b00000000;
                end
  8'b00000010 : begin
                inst0_cur_pc[PC_WIDTH-2:0] = h7_cur_pc[PC_WIDTH-2:0];
                inst0_jal                  = h7_jal;
                inst0_jalr                 = h7_jalr;
                inst0_dst_vld              = h7_dst_vld;
                inst0_con_br               = h7_con_br;
                inst1_cur_pc[PC_WIDTH-2:0] = h8_cur_pc[PC_WIDTH-2:0];
                inst1_jal                  = h8_jal;
                inst1_jalr                 = h8_jalr;
                inst1_dst_vld              = h8_dst_vld;
                inst0_vld                  = 1'b1;
                inst1_vld                  = 1'b0;
                over_mask[7:0]             = 8'b00000000;
                end

  8'b00000001 : begin
                inst0_cur_pc[PC_WIDTH-2:0] = h8_cur_pc[PC_WIDTH-2:0];
                inst0_jal                  = h8_jal;
                inst0_jalr                 = h8_jalr;
                inst0_dst_vld              = h8_dst_vld;
                inst0_con_br               = h8_con_br;
                inst1_cur_pc[PC_WIDTH-2:0] = h8_cur_pc[PC_WIDTH-2:0];
                inst1_jal                  = h8_jal;
                inst1_jalr                 = h8_jalr;
                inst1_dst_vld              = h8_dst_vld;
                inst0_vld                  = 1'b1;
                inst1_vld                  = 1'b0;
                over_mask[7:0]             = 8'b00000000;
                end

  8'b00000000 : begin
                inst0_cur_pc[PC_WIDTH-2:0] = h8_cur_pc[PC_WIDTH-2:0];
                inst0_jal                  = h8_jal;
                inst0_jalr                 = h8_jalr;
                inst0_dst_vld              = h8_dst_vld;
                inst0_con_br               = h8_con_br;
                inst1_cur_pc[PC_WIDTH-2:0] = h8_cur_pc[PC_WIDTH-2:0];
                inst1_jal                  = h8_jal;
                inst1_jalr                 = h8_jalr;
                inst1_dst_vld              = h8_dst_vld;
                inst0_vld                  = 1'b0;
                inst1_vld                  = 1'b0;
                over_mask[7:0]             = 8'b00000000;
                end

  default     : begin
                inst0_cur_pc[PC_WIDTH-2:0] = h8_cur_pc[PC_WIDTH-2:0];
                inst0_jal                  = h8_jal;
                inst0_jalr                 = h8_jalr;
                inst0_dst_vld              = h8_dst_vld;
                inst0_con_br               = h8_con_br;
                inst1_cur_pc[PC_WIDTH-2:0] = h8_cur_pc[PC_WIDTH-2:0];
                inst1_jal                  = h8_jal;
                inst1_jalr                 = h8_jalr;
                inst1_dst_vld              = h8_dst_vld;
                inst0_vld                  = 1'b0;
                inst1_vld                  = 1'b0;
                over_mask[7:0]             = 8'b00000000;
                end
endcase
// &CombEnd; @669
end

assign inst0_target_pc[PC_WIDTH-1:0] = hn_target_pc[PC_WIDTH-1:0];
assign inst1_target_pc[PC_WIDTH-1:0] = hn_target_pc[PC_WIDTH-1:0];

//==========================================================
//                  Other infor Generate
//==========================================================
//Inst VGHR Generate
//if inst0 is con_br not jump
//inst1 vghr = {ip_vghr[12:0] ,1'b0}
assign inst0_vghr[21:0] = ibdp_pcfifo_if_vghr[21:0];
assign inst1_vghr[21:0] = (inst0_con_br) 
                        ? {ibdp_pcfifo_if_vghr[20:0], 1'b0}
                        : ibdp_pcfifo_if_vghr[21:0];

//bht_pred_array_result
//inst0 & inst1 has one con_br at most
//thus share one bht_pred_array_result
assign inst_bht_pre_result[1:0] = ibdp_pcfifo_if_bht_pre_result[1:0];

//bht_select_array_result
//inst0 & inst1 has one con_br at most
//thus share one bht_select_array_result
assign inst_bht_sel_result[1:0] = ibdp_pcfifo_if_bht_sel_result[1:0];

//Ind_btb Miss Signal
//Let BJU 
assign inst_ind_btb_miss = ibctrl_pcfifo_if_ind_btb_miss;

//==========================================================
//          More than two pc_oper inst logic
//==========================================================
//after mask, if there are any pc_oper valid
//more_than_two pc_oper inst valid
//seperate more_than_two logic to save timing
//find the first pc and the last pc
//then mask the two pc and find if there are any pc
// &CombBeg; @707
always @( hn_pc_oper[7:0])
begin
casez(hn_pc_oper[7:0])
  8'b1??????? : hn_pc_mask_head[7:0] = {1'b0,hn_pc_oper[6:0]};
  8'b01?????? : hn_pc_mask_head[7:0] = {2'b0,hn_pc_oper[5:0]};
  8'b001????? : hn_pc_mask_head[7:0] = {3'b0,hn_pc_oper[4:0]};
  8'b0001???? : hn_pc_mask_head[7:0] = {4'b0,hn_pc_oper[3:0]};
  8'b00001??? : hn_pc_mask_head[7:0] = {5'b0,hn_pc_oper[2:0]};
  8'b000001?? : hn_pc_mask_head[7:0] = {6'b0,hn_pc_oper[1:0]};
  8'b0000001? : hn_pc_mask_head[7:0] = {7'b0,hn_pc_oper[0]  };
  8'b00000001 : hn_pc_mask_head[7:0] =  8'b0;
  default     : hn_pc_mask_head[7:0] =  8'b0;
endcase
// &CombEnd; @719
end

// &CombBeg; @721
always @( hn_pc_oper[7:0])
begin
casez(hn_pc_oper[7:0])
  8'b???????1 : hn_pc_mask_tail[7:0] = {hn_pc_oper[7:1],1'b0};
  8'b??????10 : hn_pc_mask_tail[7:0] = {hn_pc_oper[7:2],2'b0};
  8'b?????100 : hn_pc_mask_tail[7:0] = {hn_pc_oper[7:3],3'b0};
  8'b????1000 : hn_pc_mask_tail[7:0] = {hn_pc_oper[7:4],4'b0};
  8'b???10000 : hn_pc_mask_tail[7:0] = {hn_pc_oper[7:5],5'b0};
  8'b??100000 : hn_pc_mask_tail[7:0] = {hn_pc_oper[7:6],6'b0};
  8'b?1000000 : hn_pc_mask_tail[7:0] = {hn_pc_oper[7]  ,7'b0};
  8'b10000000 : hn_pc_mask_tail[7:0] =  8'b0;
  default     : hn_pc_mask_tail[7:0] =  8'b0;
endcase
// &CombEnd; @733
end
assign pcfifo_if_ibctrl_more_than_two   =  |(hn_pc_mask_head[7:0] & 
                                             hn_pc_mask_tail[7:0]);
assign pcfifo_if_ibdp_over_mask[7:0]    = over_mask[7:0];

//==========================================================
//                 Interface to PCFIFO
//==========================================================
assign ibstage_create_vld    = ibctrl_pcfifo_if_create_vld;
assign lbuf_create_select    = lbuf_pcfifo_if_create_select;
//Inst 0
//Inst 0 may from lbuf whenlbuf ACTIVE state
//Otherwise it from IB data path
assign ifu_iu_pcfifo_create0_en             = (lbuf_create_select)
                                            ? lbuf_pcfifo_if_inst_pc_oper
                                            : ibstage_create_vld && inst0_vld;
assign ifu_iu_pcfifo_create0_gateclk_en     = lbuf_create_select || 
                                              inst0_vld;
assign ifu_iu_pcfifo_create0_cur_pc[39:0]   = (lbuf_create_select) 
                                            ? {lbuf_pcfifo_if_inst_cur_pc[PC_WIDTH-2:0],1'b0}
                                            : {inst0_cur_pc[PC_WIDTH-2:0],1'b0};
assign ifu_iu_pcfifo_create0_tar_pc[39:0]   = (lbuf_create_select)
                                            ? {lbuf_pcfifo_if_inst_target_pc[PC_WIDTH-2:0],1'b0} 
                                            : inst0_target_pc[PC_WIDTH-1:0];
assign ifu_iu_pcfifo_create0_jal            = (lbuf_create_select)
                                            ? 1'b0 
                                            : inst0_jal;
assign ifu_iu_pcfifo_create0_jalr           = (lbuf_create_select)
                                            ? 1'b0 
                                            : inst0_jalr;
assign ifu_iu_pcfifo_create0_dst_vld        = (lbuf_create_select)
                                            ? 1'b0 
                                            : inst0_dst_vld;
assign ifu_iu_pcfifo_create0_bht_pred       = (lbuf_create_select)
                                            ? lbuf_pcfifo_if_inst_bht_pre_result[1]
                                            : inst_bht_pre_result[1];
assign ifu_iu_pcfifo_create0_chk_idx[24:0]  = (lbuf_create_select)
                                            ? {lbuf_pcfifo_if_inst_bht_pre_result[0],
                                               lbuf_pcfifo_if_inst_bht_sel_result[1:0],
                                               lbuf_pcfifo_if_inst_vghr[21:0]}
                                            : {inst_bht_pre_result[0],
                                               inst_bht_sel_result[1:0],
                                               inst0_vghr[21:0]};
assign ifu_iu_pcfifo_create0_jmp_mispred    = (lbuf_create_select)
                                            ? 1'b0 
                                            : inst_ind_btb_miss;                                            
//Inst 1
//Inst 1 can only from IB data path
assign ifu_iu_pcfifo_create1_en             = (lbuf_create_select)
                                            ? 1'b0 
                                            : ibstage_create_vld && inst1_vld;
assign ifu_iu_pcfifo_create1_gateclk_en     = lbuf_create_select || 
                                              inst1_vld;
assign ifu_iu_pcfifo_create1_cur_pc[39:0]   = {inst1_cur_pc[PC_WIDTH-2:0],1'b0};
assign ifu_iu_pcfifo_create1_tar_pc[39:0]   = inst1_target_pc[PC_WIDTH-1:0];
assign ifu_iu_pcfifo_create1_jal            = inst1_jal;
assign ifu_iu_pcfifo_create1_jalr           = inst1_jalr;
assign ifu_iu_pcfifo_create1_dst_vld        = inst1_dst_vld;
assign ifu_iu_pcfifo_create1_bht_pred       = inst_bht_pre_result[1];
assign ifu_iu_pcfifo_create1_chk_idx[24:0]  = {inst_bht_pre_result[0],
                                               inst_bht_sel_result[1:0],
                                               inst1_vghr[21:0]};
assign ifu_iu_pcfifo_create1_jmp_mispred    = inst_ind_btb_miss;

// &ModuleEnd; @816
endmodule